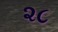
૨૮